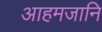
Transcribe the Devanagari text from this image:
आहमजानि